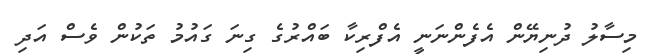
މިސާލު ދުނިޔޭން އެފެންނަނީ އެފްރިކާ ބައްރުގެ ގިނަ ގައުމު ތަކުން ވެސް އަދި